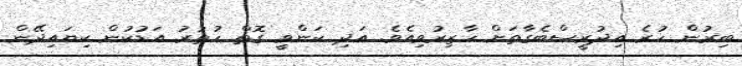
ބިރުން ހުރެ އިދުރީސްބެގާތަށް ހާޒިރުވިއެވެ. އަދި ކަންވީ ގޮތް ހުތުރު އަޑުކުން ކިޔައިދޭން